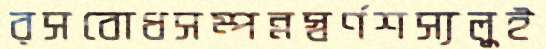
রসবোধসম্পন্নস্বর্ণশস্যলুই